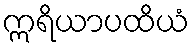
ဣရိယာပထိယံ